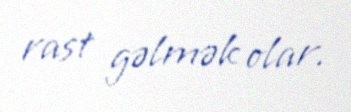
rast gəlmək olar.